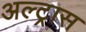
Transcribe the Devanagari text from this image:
अल्ट्रास